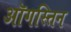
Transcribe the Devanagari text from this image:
ऑगस्तिन